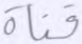
قناة